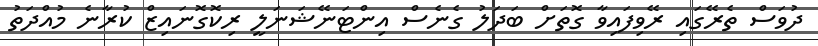
ދުވަސް ތެރޭގައި ރޭވިފައިވާ ގޮތަށް ބަދަލު ގެނެސް އިންޓަނޭޝަނަލީ ރިކޮގޮނައިޒް ކުރާނެ މުއްދަތު